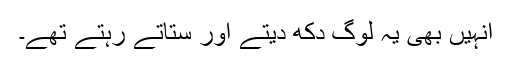
انہیں بھی یہ لوگ دکھ دیتے اور ستاتے رہتے تھے۔